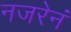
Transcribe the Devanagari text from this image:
नजरेनं